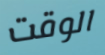
الوقت